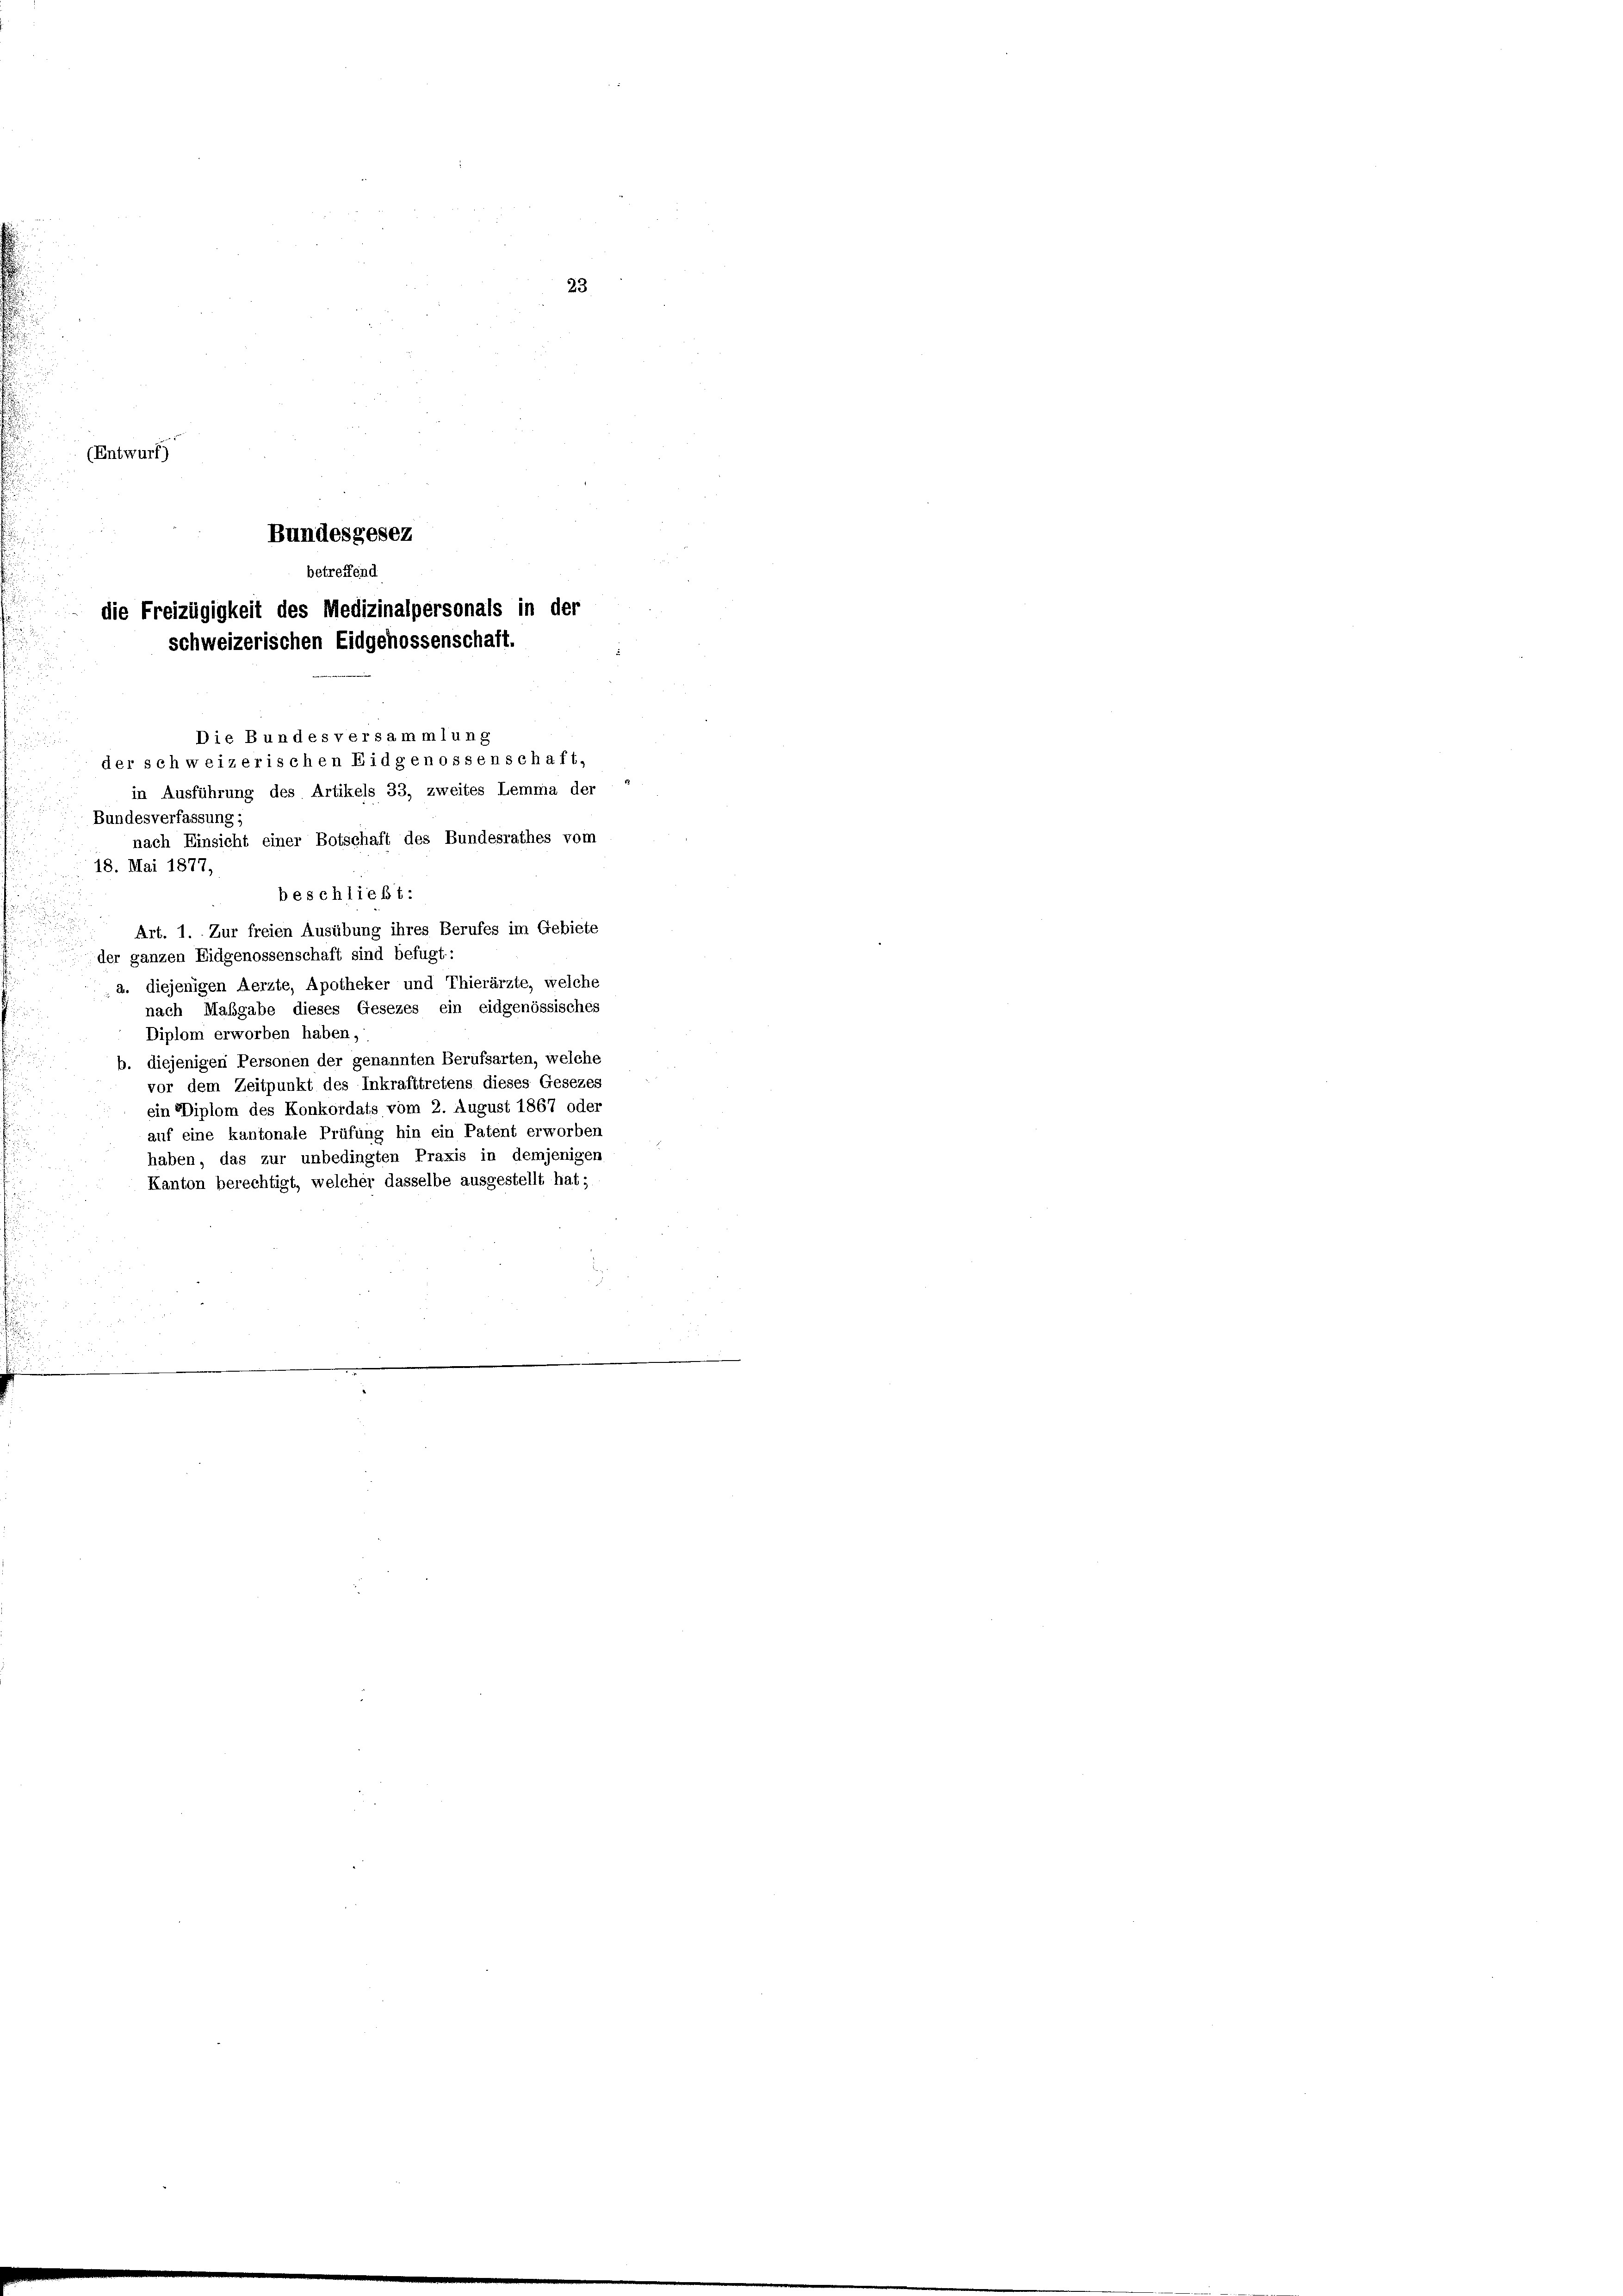
23
(Entwurf)

Bundesgesez
betreffend
die Freizügigkeit des Medizinalpersonals in der
schweizerischen Eidgehossenschaft.
Die Bundesversammlung

der schweizerischen Eidgenossenschaft,
in Ausführung des Artikels 33, zweites Lemma der

Bundesverfassung:
nach Einsicht einer Botschaft des Bundesrathes vom
18. Mai 1877,
beschließt:
Art. 1. Zur freien Ausübung ihres Berufes im Gebiete
der ganzen Eidgenossenschaft sind befugt:
a. diejenigen Aerzte, Apotheker und Thierärzte, welche
nach Maßgabe dieses Gesezes ein eidgenössisches
Diplom erworben haben,
b. diejenigen Personen der genannten Berufsarten, welche
vor dem Zeitpunkt des Inkrafttretens dieses Gesezes
ein Diplom des Konkordats vom 2. August 1867 oder
auf eine kantonale Prüfung hin ein Patent erworben
haben, das zur unbedingten Praxis in demjenigen
Kanton berechtigt, welcher dasselbe ausgestellt hat;
u